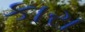
કારા